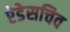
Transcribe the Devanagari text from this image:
ऐडेसचिव